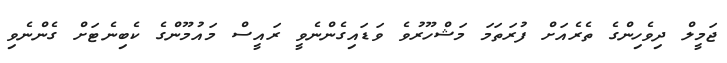
ޖަމީލް ދިވެހިންގެ ތެރެއަށް ފުރަތަމަ މަޝްހޫރުވެ ވަޑައިގެންނެވީ ރައީސް މައުމޫންގެ ކެބިނެޓަށް ގެންނެވި